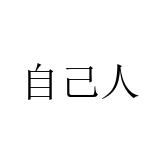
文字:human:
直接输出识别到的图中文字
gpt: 自己人